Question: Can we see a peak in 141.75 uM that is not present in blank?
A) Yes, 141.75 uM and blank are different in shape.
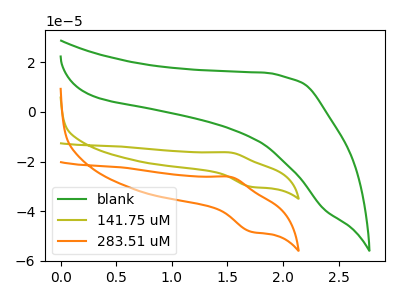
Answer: <think>The green curve "blank" has no peaks. The olive curve "141.75 uM" has an anodic peak at (1.55V, -16.35uA) and a cathodic peak at (1.70V, -30.15uA). The orange curve "283.51 uM" has an anodic peak at (1.55V, -26.15uA) and a cathodic peak at (1.70V, -48.25uA).
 "141.75 uM" and "blank" have a different number of peaks.</think>
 <answer>A) Yes, "141.75 uM" and "blank" are different in shape.</answer>
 <eval>A</eval>